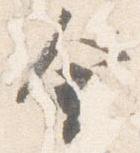
金